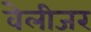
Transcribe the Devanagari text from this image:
वेलीजर